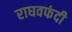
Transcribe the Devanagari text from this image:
राघवफंदी